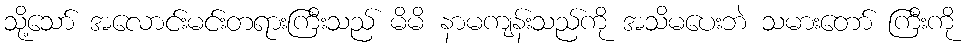
သို့သော် အလောင်းမင်းတရားကြီးသည် မိမိ နာမကျန်းသည်ကို အသိမပေးဘဲ သမားတော် ကြီးကို